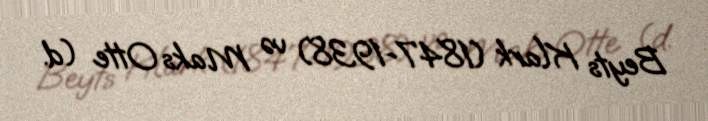
Beyts Klark (1847−1938) və Maks Otte (d.